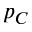
p _ { C }